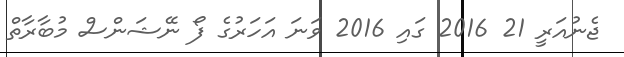
ޖެނުއަރީ 21 2016 ގައި 2016 ވަނަ އަހަރުގެ ފޯ ނޭޝަންސް މުބާރާތް